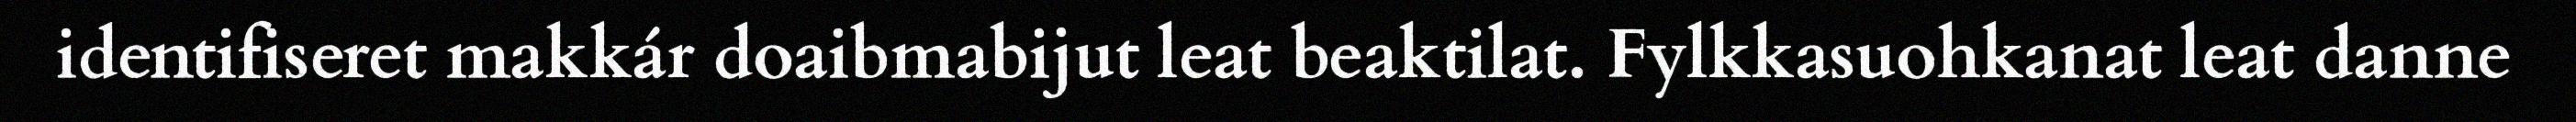
identifiseret makkár doaibmabijut leat beaktilat. Fylkkasuohkanat leat danne